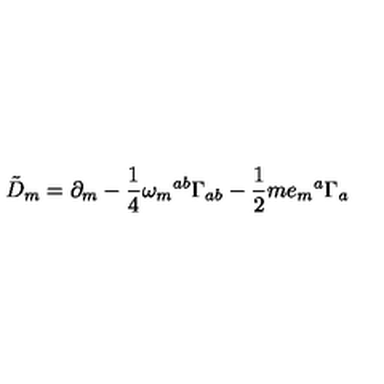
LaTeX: { \tilde { D } } _ { m } = \partial _ { m } - \frac { 1 } { 4 } \omega _ { m } { } ^ { a b } \Gamma _ { a b } - \frac { 1 } { 2 } m e _ { m } { } ^ { a } \Gamma _ { a }